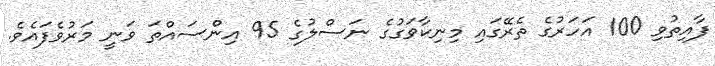
ފާއިތުވި 100 އަހަރުގެ ތެރޭގައި މިނިކާވަގުގެ ނަސްލުގެ 95 އިންސައްތަ ވަނީ މަރުވެފައެވެ.